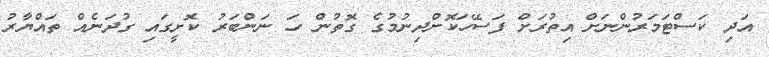
އަދި ކަސްޓަމަރުންނަށް އިތުރަށް ފަސޭހަކޮށްދިނުމުގެ ގޮތުން ހަ ނަންބަރު ކޮށީގައި ގުދަނެއް ތައްޔާރު